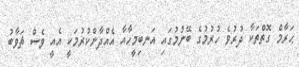
ޙަރާމް ގޮތްތަކާ ދުރުވެ ހުރުމުގެ ބޭނުމުގައި އަނބިމީހާއާ އެއްދާންކުރުމަކީ އެއީ ވެސް ޘަވާބު